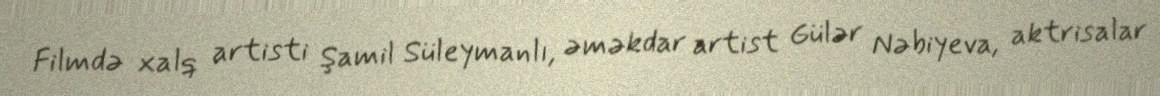
Filmdə xalq artisti Şamil Süleymanlı, əməkdar artist Gülər Nəbiyeva, aktrisalar